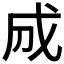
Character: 𢦓